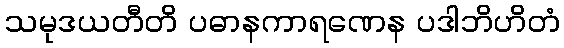
သမုဒယတီတိ ပဓာနကာရဏေန ပဒါဘိဟိတံ